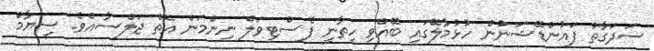
ސަދަގާތު ފައުންޑޭޝަނުން ހުޅުމާލޭގައި ބޭއްވި ހިތާނީ ފެސްޓިވަލް ނިންމަން އޮތް ޖަލްސާއެވެ. ސިޔާމް